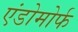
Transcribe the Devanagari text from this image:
एंडोमोर्फ